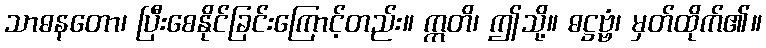
သာဓနတော၊ ပြီးစေနိုင်ခြင်းကြောင့်တည်း။ ဣတိ၊ ဤသို့။ ဓဋ္ဌဗ္ဗံ၊ မှတ်ထိုက်၏။